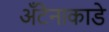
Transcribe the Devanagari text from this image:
अँटेनाकाडे